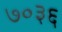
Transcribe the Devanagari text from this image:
७०३६